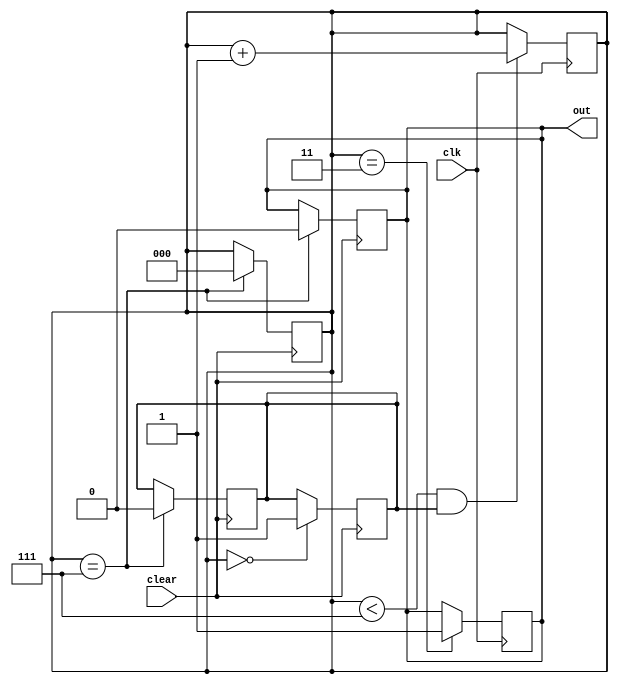
// This is a debouncer 
module dbc (
    input wire clear,
    input wire clk,
    output reg out=0
);

    reg [2:0] cnt = 3'd0;
    reg counting = 0;

    always @ (posedge clear) begin
        if (cnt == 3'd7) begin
            counting = 0;
            cnt = 3'd0;
            out = 0;
        end
    end

    always @ (negedge clear) begin
        if (cnt == 3'd0) begin
            counting = 1;
        end
    end

    always @ (posedge clk) begin
        if (cnt < 3'd7 && counting == 1) begin
            cnt <= cnt + 1;
        end

        if(cnt == 3'd3) begin
            out <= 1;            
        end
    end
    
endmodule